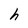
Character: h